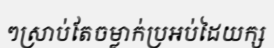
ៗស្រាប់តែចម្លាក់ប្រអប់ដៃយក្ស